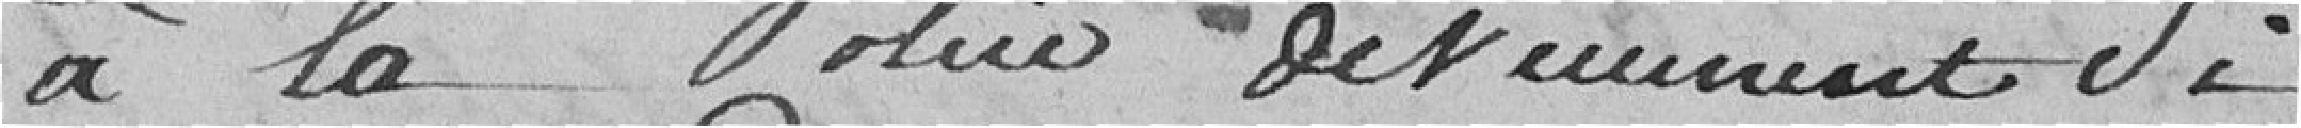
à la due détiennent si